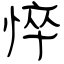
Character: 悴